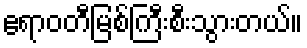
ဧရာဝတီမြစ်ကြီးစီးသွားတယ်။